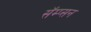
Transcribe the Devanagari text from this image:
सॅम्प्सन